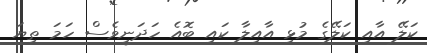
ކަލޭ އާއި ކަލޭގެ މުޅި އާއިލާ ކައި ބޮއެ ހަދަނީވެސް ހަމަ ތިޔަ